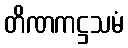
တိဏကဋ္ဌသမံ